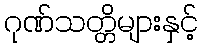
ဂုဏ်သတ္တိများနှင့်